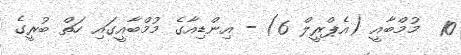
10  މުމްބާއީ (އެޕްރީލް 6) - އިންޑިއާގެ މުމްބާއީގައި ހަތް ބުރީގެ